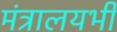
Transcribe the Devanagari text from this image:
मंत्रालयभी